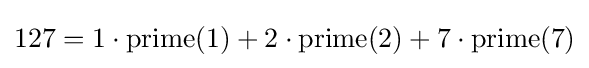
127=1\cdot {\textrm {prime}}(1)+2\cdot {\textrm {prime}}(2)+7\cdot {\textrm {prime}}(7)